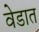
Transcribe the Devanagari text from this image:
वेडात